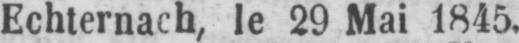
Echternach, le 29 Mai 1845.